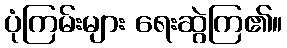
ပုံကြမ်းများ ရေးဆွဲကြ၏။